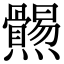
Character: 𤓑